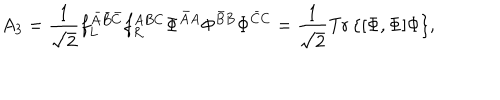
LaTeX: A _ { 3 } = \frac { 1 } { \sqrt { 2 } } f _ { L } ^ { \bar { A } \bar { B } \bar { C } } f _ { R } ^ { A B C } \Phi ^ { \bar { A } A } \Phi ^ { \bar { B } B } \Phi ^ { \bar { C } C } = \frac { 1 } { \sqrt { 2 } } \mathrm { T r \, } \{ [ \Phi , \Phi ] \Phi \} ,